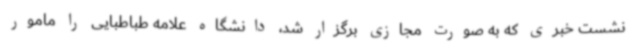
نشست خبری که به صورت مجازی برگزار شد، دانشگاه علامه طباطبایی را مامور